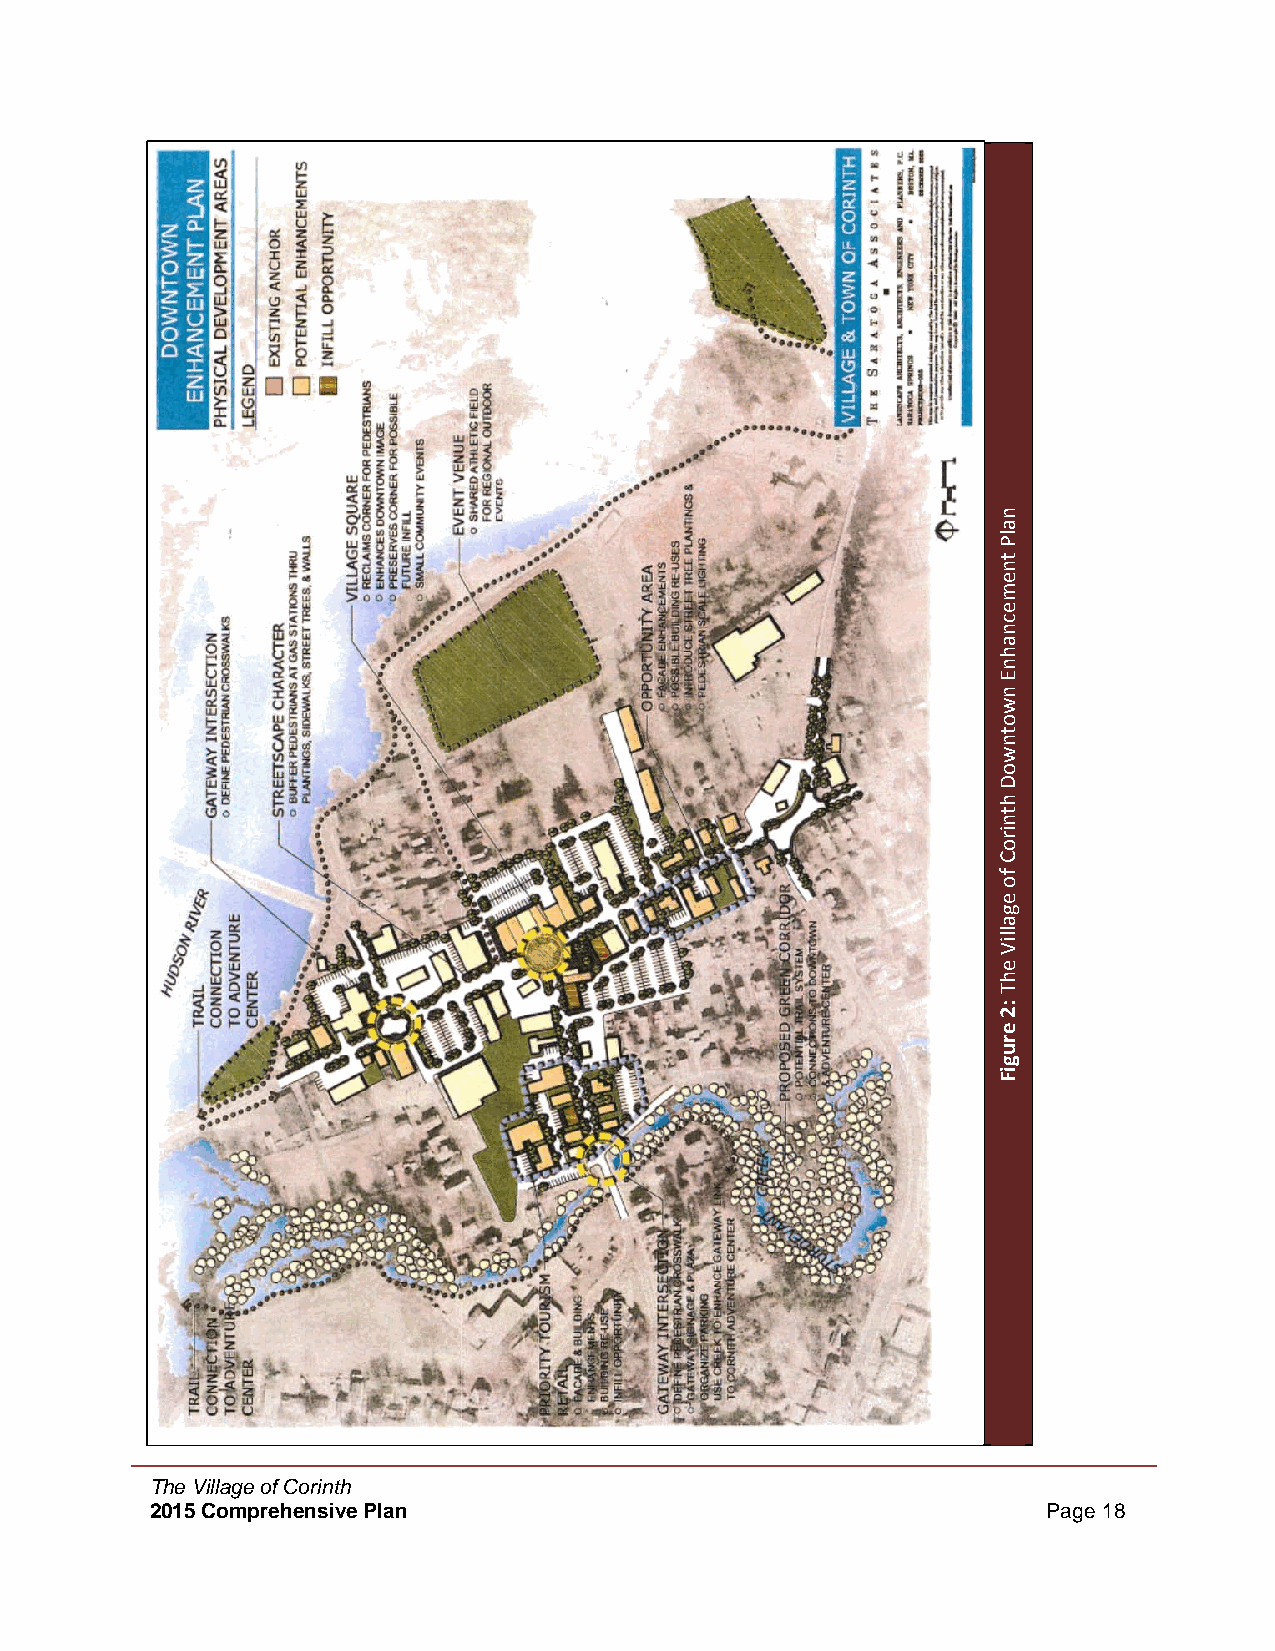
The Village of Corinth
 2015 Comprehensive Plan                                    Page 18
 nalP
 tnemecnahnE
 nwotnwoD
 htniroC
 fo
 egalliV
 ehT
 :2
 erugiF